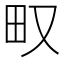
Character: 𤰖